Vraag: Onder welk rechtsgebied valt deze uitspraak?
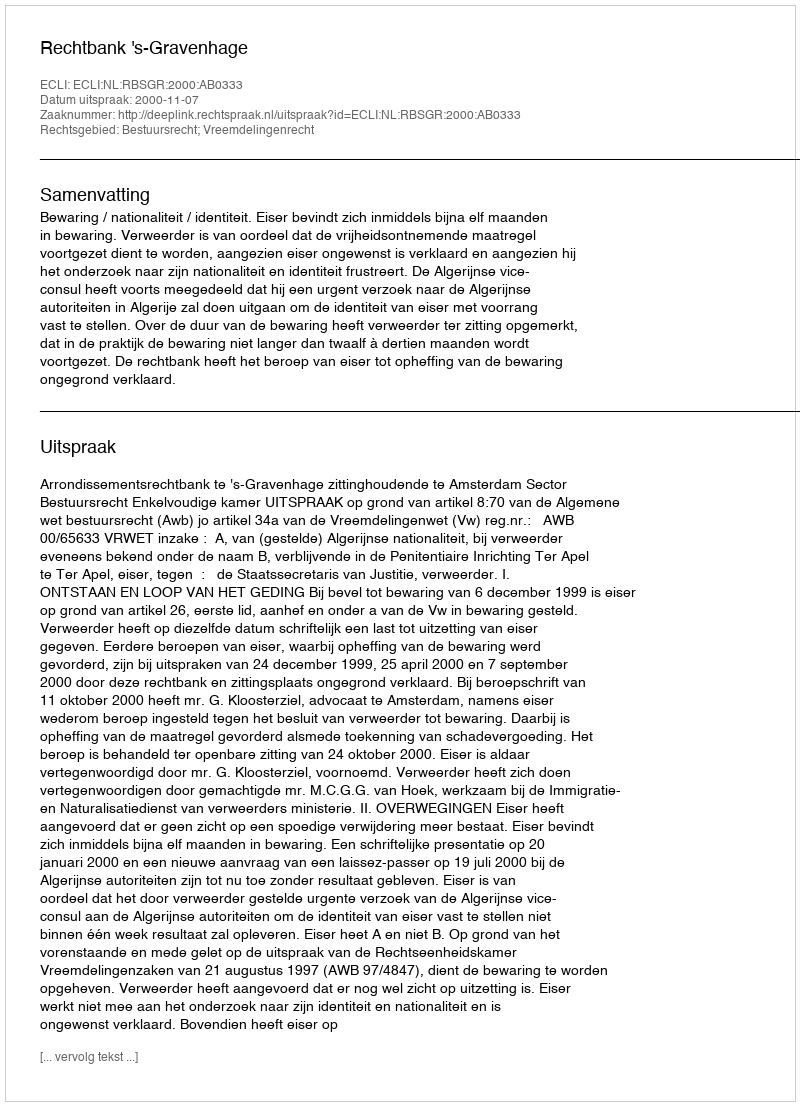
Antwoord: Bestuursrecht; Vreemdelingenrecht